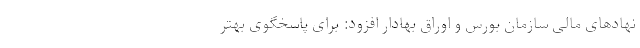
نهادهای مالی سازمان بورس و اوراق بهادار افزود: برای پاسخگوی بهتر